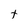
Character: t